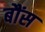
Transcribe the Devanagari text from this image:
बौंस